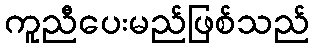
ကူညီပေးမည်ဖြစ်သည်